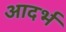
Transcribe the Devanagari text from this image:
आदर्भ